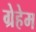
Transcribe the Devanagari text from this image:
ग्रेहेम